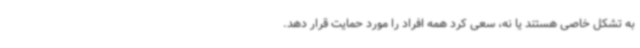
به تشکل خاصی هستند یا نه، سعی کرد همه افراد را مورد حمایت قرار دهد.